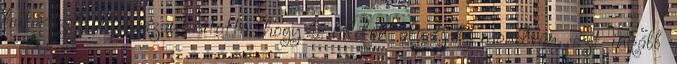
határozottan visszautasította, hogy a földön aludjak, mondván, azt inkább